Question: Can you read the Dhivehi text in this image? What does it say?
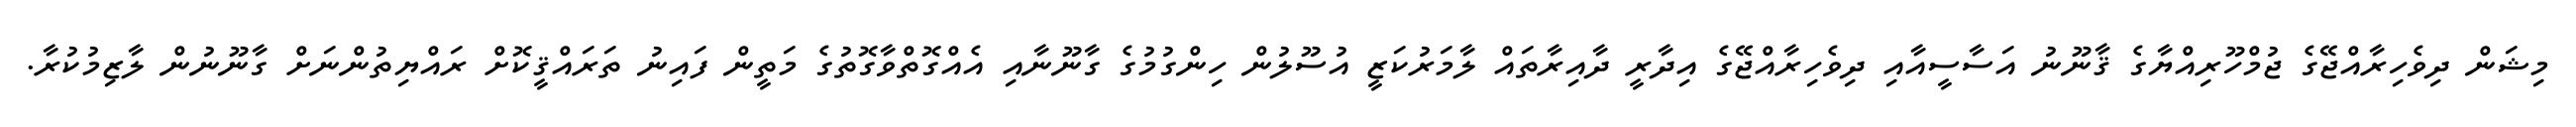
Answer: މިޝަން ދިވެހިރާއްޖޭގެ ޖުމްހޫރިއްޔާގެ ޤާނޫނު އަސާސީއާއި ދިވެހިރާއްޖޭގެ އިދާރީ ދާއިރާތައް ލާމަރުކަޒީ އުސޫލުން ހިންގުމުގެ ގާނޫނާއި އެއްގޮތްވާގޮތުގެ މަތީން ފައިނު ތަރައްޤީކޮށް ރައްޔިތުންނަށް ގާނޫނުން ލާޒިމުކުރާ.